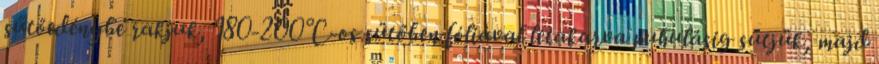
sütőedénybe rakjuk, 180-200°C-os sütőben fóliával letakarva puhulásig sütjük, majd